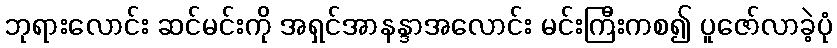
ဘုရားလောင်း ဆင်မင်းကို အရှင်အာနန္ဒာအလောင်း မင်းကြီးကစ၍ ပူဇော်လာခဲ့ပုံ